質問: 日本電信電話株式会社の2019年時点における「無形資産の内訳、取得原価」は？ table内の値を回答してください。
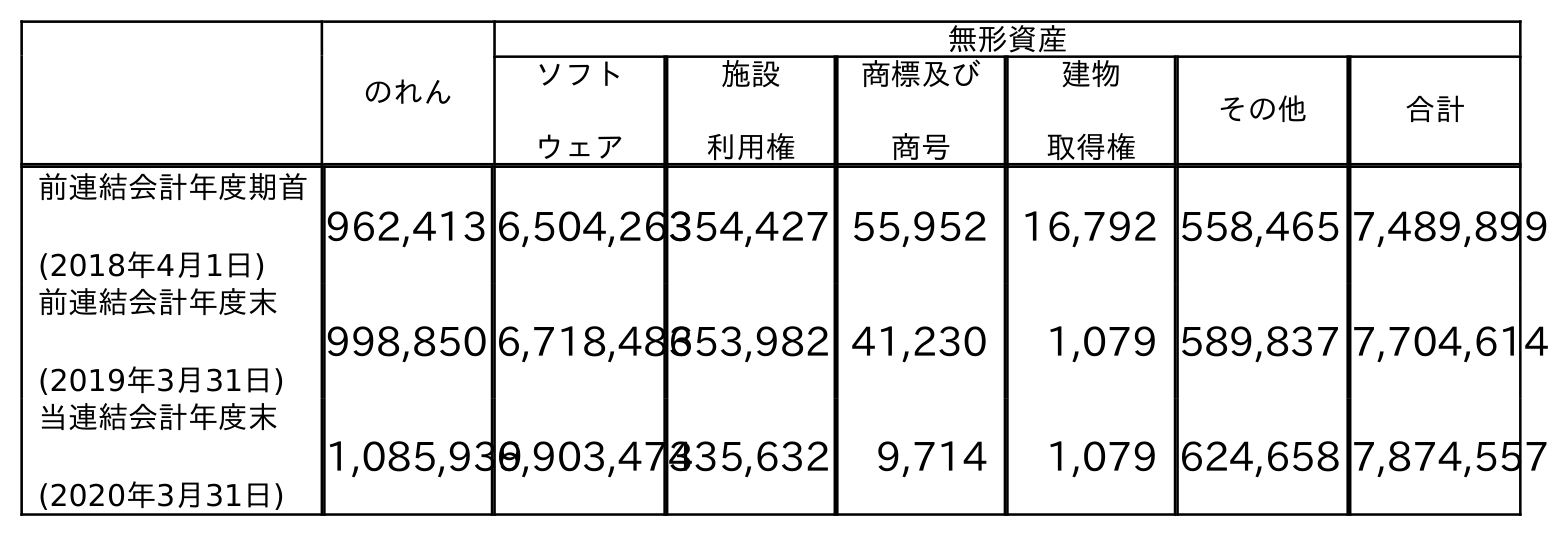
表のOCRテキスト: のれん 無形資産 ソフト ウェア 施設 利用権 商標及び 商号 建物 取得権 その他 合計 前連結会計年度期首 (2018年4月1日) 962,413 6,504,263354,427 55,952 16,792 558,465 7,489,899 前連結会計年度末 (2019年3月31日) 998,850 6,718,486353,982 41,230 1,079 589,837 7,704,614 当連結会計年度末 (2020年3月31日) 1,085,9396,903,474335,632 9,714 1,079 624,658 7,874,557
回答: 7,704,614